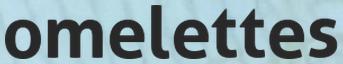
omelettes